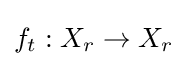
f_{t}:X_{r}\to X_{r}